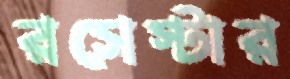
রসেস্টার